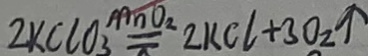
2 k C l o _ { 3 } = 2 k C l + 3 o _ { 2 } \uparrow